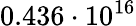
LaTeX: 0.436\cdot 10^{16}